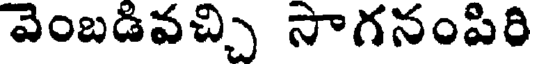
వెంబడివచ్చి సాగనంపిరి